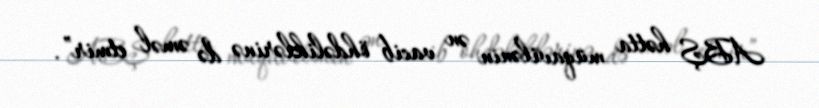
ABŞ hətta müqavilənin ən vacib öhdəliklərinə də əməl etmir”.